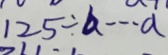
1 2 5 \div b \cdots a